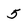
Character: 5